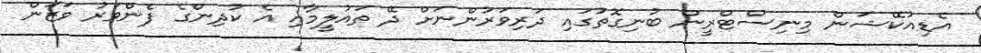
އެޑިއުކޭޝަން މިނިސްޓްރީން ބުނިގޮތުގައި ދަރިވަރުންނަށް ދޭ ތައުލީމާއި އެ ކުދިންގެ ފެންވަރު ވަޒަން